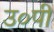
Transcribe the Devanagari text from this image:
उ०पी